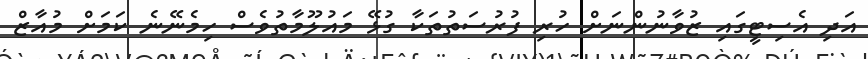
އަދި އެސިޓީގައި ޒުވާނުންނަށް ހުރި ފުރުސަތުތަކާ ގުޅޭ މައުލޫމާތުވެސް ހިމެނޭނެ ކަމަށް މުއާޒް